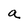
Character: a